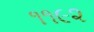
૧૧૯૨